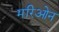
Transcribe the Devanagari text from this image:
मरिओन